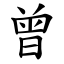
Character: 曾